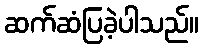
ဆက်ဆံပြခဲ့ပါသည်။